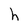
Character: h